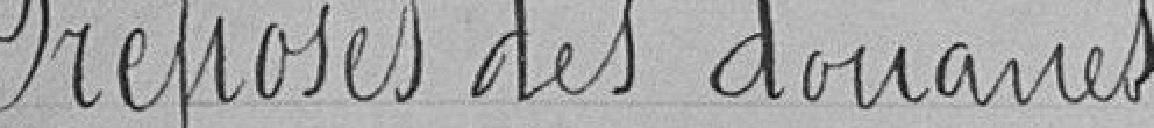
Préposés des douanes.